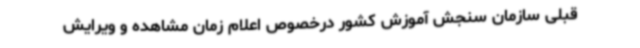
قبلی سازمان‌ سنجش‌ آموزش‌ کشور درخصوص اعلام زمان مشاهده و ویرایش